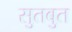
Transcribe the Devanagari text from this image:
सुतबुत